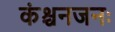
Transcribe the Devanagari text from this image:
कंश्चनजनः